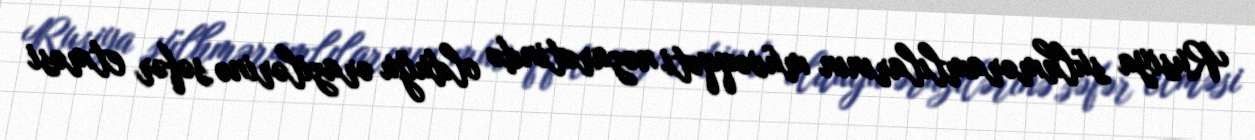
Rusiya sülhməramlılarının müvəqqəti nəzarətində olduğu ərazilərinə səfər etməsi